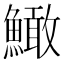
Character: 䲎